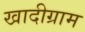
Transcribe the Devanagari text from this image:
खादीग्राम